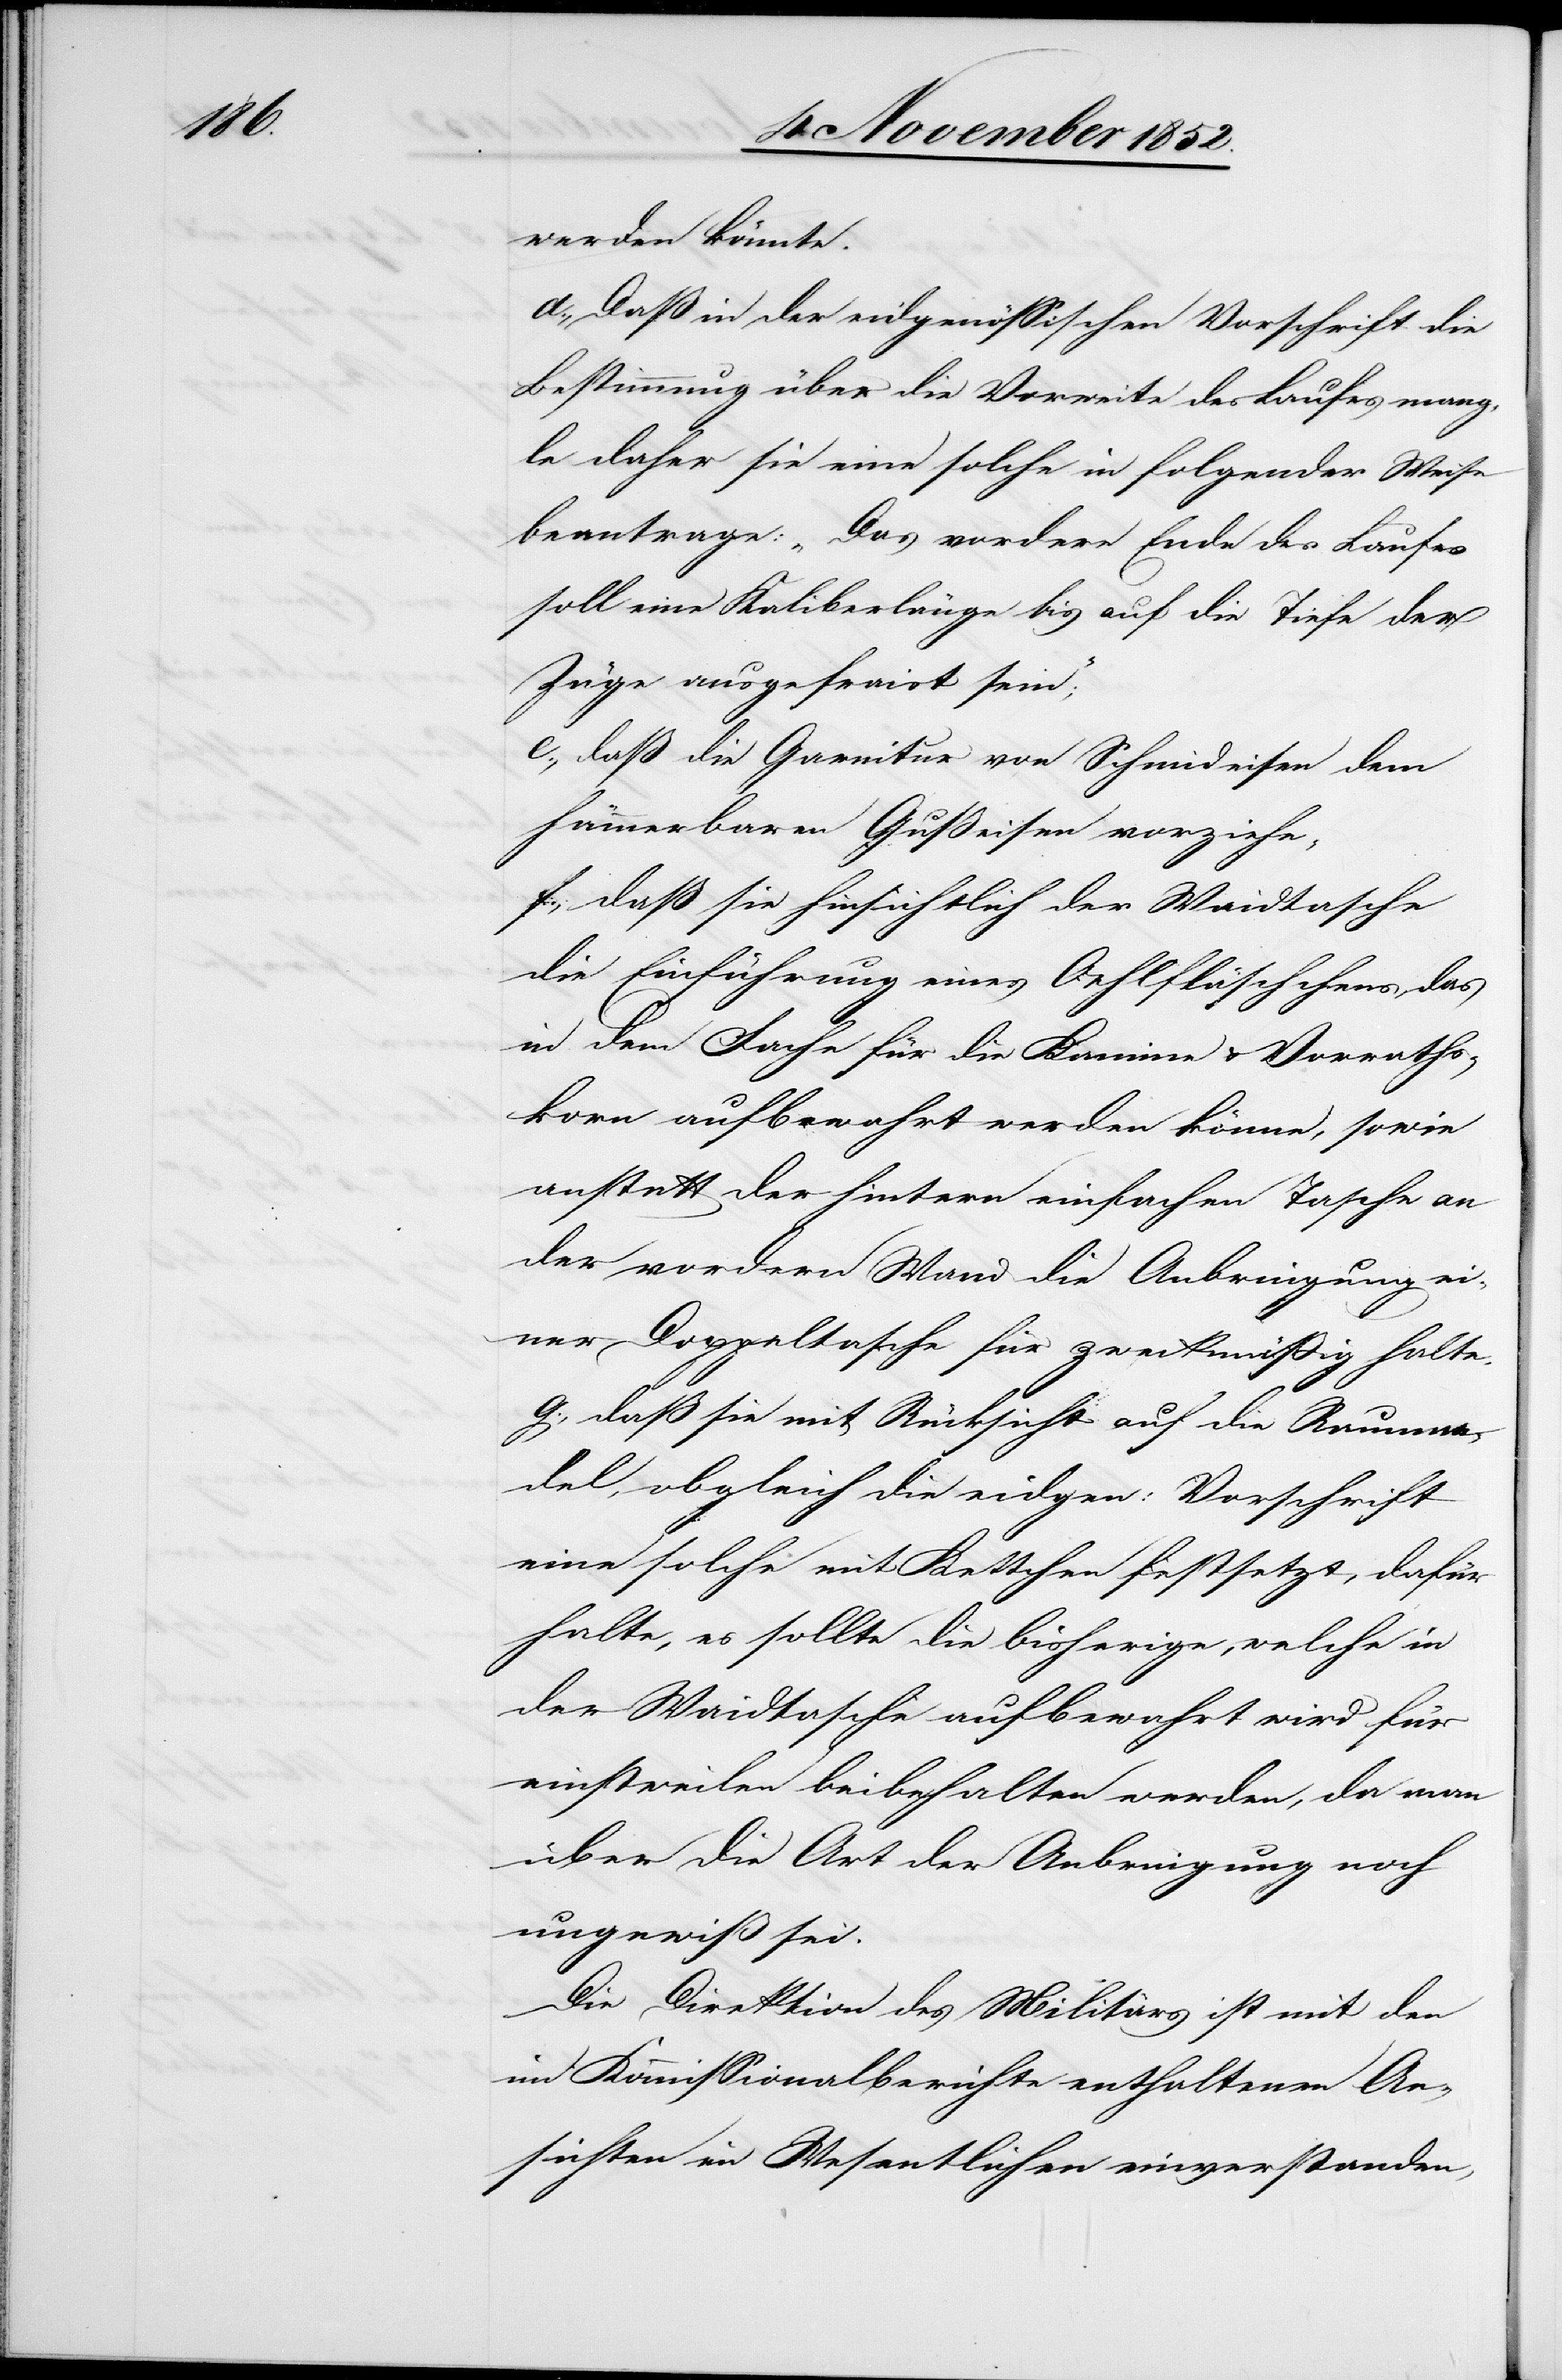
werden könnte.
d., Daß in der eidgenössischen Vorschrift die
Bestimmung über die Vorweite des Laufes mang¬
le daher sie eine solche in folgender Weise
beantrage: „Das vordere Ende des Laufes
soll eine Kaliberlänge bis auf die Tiefe der
Züge ausgefraist sein;“
e., daß [sie] die Garnitur von Schmideisen dem
hämmerbaren Gußeisen vorziehe;
f., daß sie hinsichtlich der Waidtasche
die Einführung eines Oehlfläschchens, das
in dem Fache für die Kamine & Vorraths¬
korn aufbewahrt werden könne, sowie
anstatt der hintern einfachen Tasche an
der vordern Wand die Anbringung ei¬
ner Doppeltasche für zweckmäßig halte.
g., daß sie mit Rücksicht auf die Raumna¬
del, obgleich die eidgen: Vorschrift
eine solche mit Kettchen festsetzt, dafür
halte, es sollte die bisherige, welche in
der Waidtasche aufbewahrt wird für
einstweilen beibehalten werden, da man
über die Art der Anbringung noch
ungewiß sei.
Die Direktion des Militärs ist mit den
im Kommissionalberichte enthaltenen An¬
sichten im Wesentlichen einverstanden,